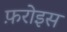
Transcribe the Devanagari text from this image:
फ़रोइस